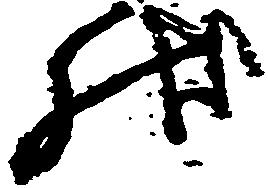
状